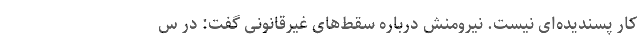
کار پسندیده‌‌ای نیست. نیرومنش درباره سقط‌‌های غیرقانونی گفت: در س